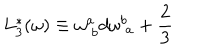
LaTeX: L _ { 3 } ^ { * } ( \omega ) \equiv \omega _ { \; b } ^ { a } d \omega _ { \; a } ^ { b } + \frac { 2 } { 3 }